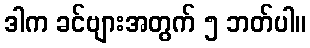
ဒါက ခင်ဗျားအတွက် ၅ ဘတ်ပါ။